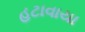
હટાવાયા